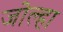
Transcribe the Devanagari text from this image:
जोल्हा